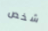
شخص